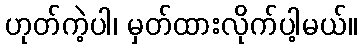
ဟုတ်ကဲ့ပါ၊ မှတ်ထားလိုက်ပါ့မယ်။